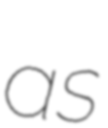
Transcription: as